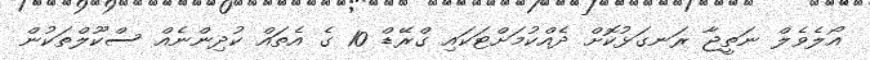
އޯލެވެލް ނަތީޖާ ރަނގަޅުކޮށް ދެއްކުމަށްޓަކައި ގްރޭޑް 10 ގެ އެތައް ކުދިންނެއް ސްކޫލްތަކުން